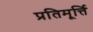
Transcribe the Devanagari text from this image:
प्रतिमूर्त्ति